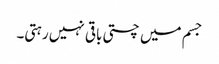
جسم میں چستی باقی نہیں رہتی۔